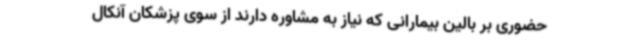
حضوری بر بالین بیمارانی که نیاز به مشاوره دارند از سوی پزشکان آنکال